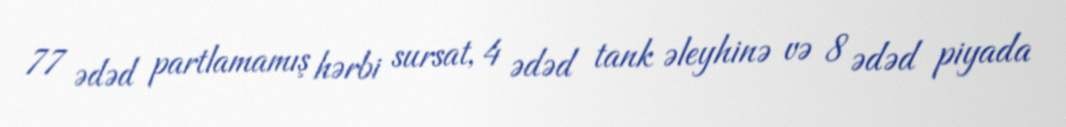
77 ədəd partlamamış hərbi sursat, 4 ədəd tank əleyhinə və 8 ədəd piyada